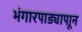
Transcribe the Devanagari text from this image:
भंगारपाड्यापाून